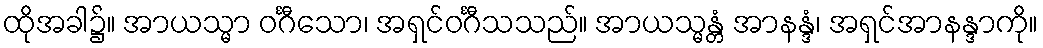
ထိုအခါ၌။ အာယသ္မာ ဝင်္ဂီသော၊ အရှင်ဝင်္ဂီသသည်။ အာယသ္မန္တံ အာနန္ဒံ၊ အရှင်အာနန္ဒာကို။